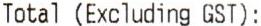
TOTAL (EXCLUDING GST) :